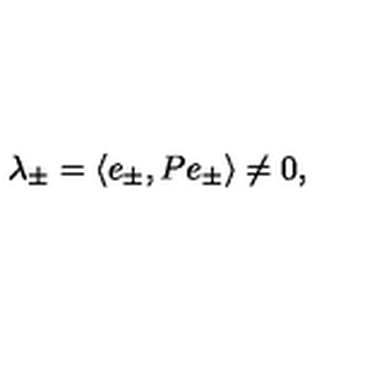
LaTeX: \lambda _ { \pm } = \langle e _ { \pm } , P e _ { \pm } \rangle \neq 0 ,